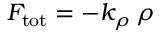
F _ { \mathrm { t o t } } = - k _ { \rho } \, \rho